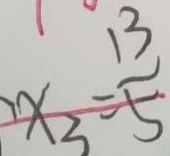
x _ { 3 } = \frac { 1 3 } { 5 }